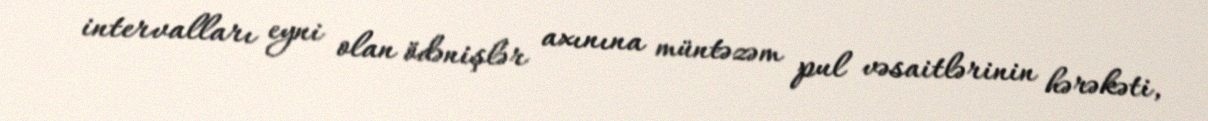
intervalları eyni olan ödənişlər axınına müntəzəm pul vəsaitlərinin hərəkəti,